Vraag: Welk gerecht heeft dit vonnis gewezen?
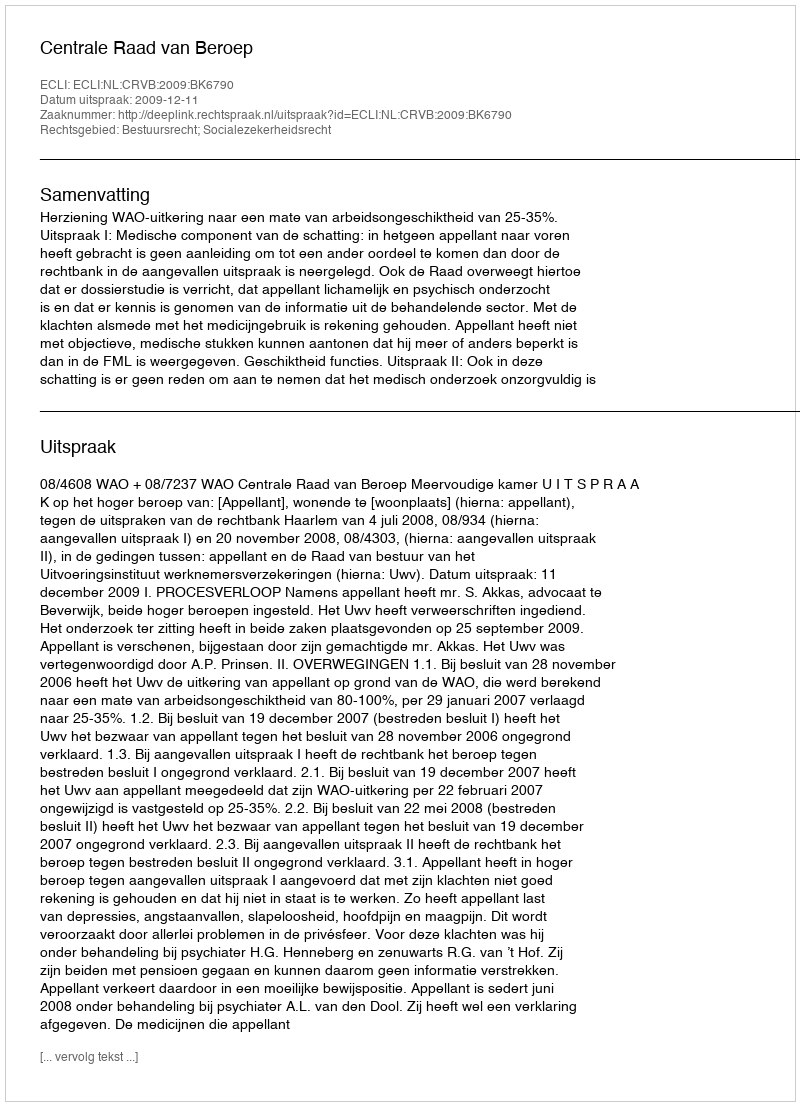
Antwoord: Centrale Raad van Beroep